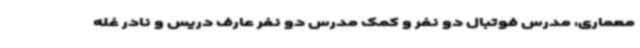
معماری، مدرس فوتبال دو نفر و کمک مدرس دو نفر عارف دریس و نادر غله